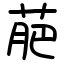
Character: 萉